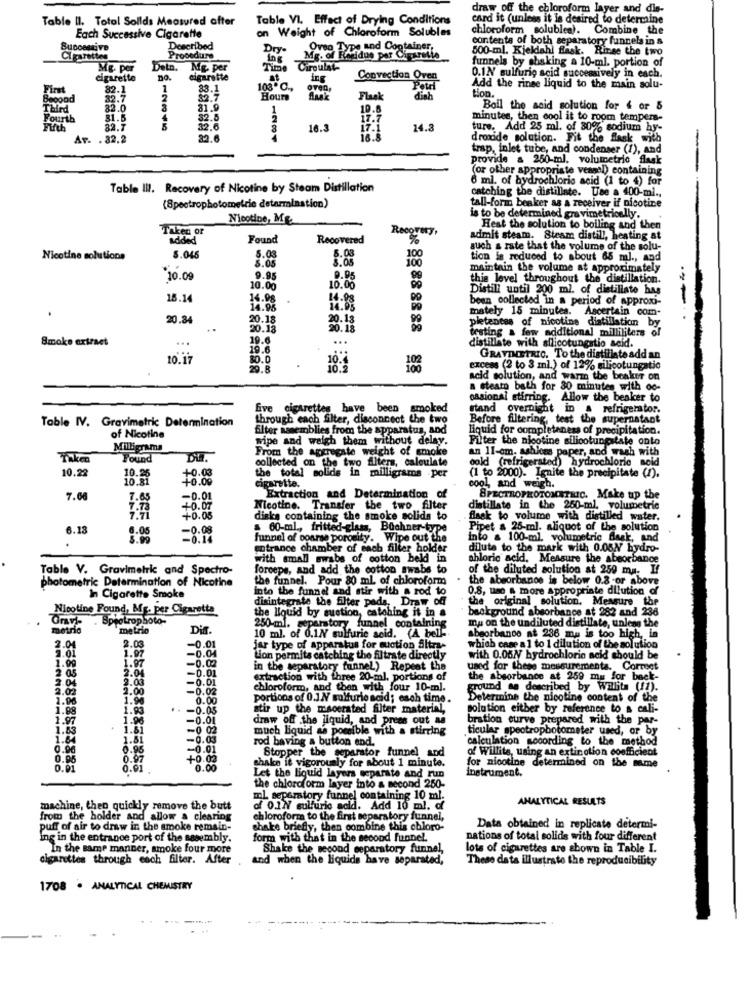
draw off the chloroform layer and dis-
Table II. Total Sollds Measured after
Table VI. Effect of Drying Conditions
card it (unless it Is desired to determine
Each Successive Cigarette
on Weight of Chloroform Solubles
chloroform solublea). Combine the
contents of both separatory funnels in s
Successive
Described
Dry
Oven Type and Container,
500-ml. Kjeldahl Bask. Rinse the two
Cigarettes
Procedure
Mg. of Residuo par Cigarette
funnels by shaking a 10-ml. portion of
Mg. por
Detn.
Mg. per
Time
Circulat-
cigarette
no.
cigarette
ing
Convection O
0.1NY sulfurio seid successively in each.
First
82.1
1
83.1
108" ℃ .,
oven
Pour
Add the rinse liquid to the main solu-
tion.
Becond
32.7
$2.7
Hours
Flask
bird
22.0
1.9
10.8
Boil the said solution for 4 or 5
Fourth
81.5
4
32.
17.
minutes, then cool it to room tempera-
82.7
2.6
8
16.3
17.1
14.3
ture. Add 25 ml. of 80% sodium hy-
Ar. . 32.2
32.6
16.8
droxide solution. Fit the flask with
-
trap, inlet tube, and condenser (1), and
provide a 250-ml. volumetric
o flask
(or other appropriate veanal) containing
6 ml. of hydrochloric acid (1 to 4) for
Table III. Recovery of Nicotine by Steam Distillation
catching the distillate. Use a 400-ml .,
(Spectrophotometric determination)
tall-form beaker as a receiver if nicotine
Nicotine, Mg
is to be determined gravimetricelly.
Taken or
Recovery,
Heat the solution to boiling and then
added
Found
Recovered
%
adimit steam. Steam distill, heating at
100
auch & rate that the volume of the solu-
Nicotine solutions
8.045
5.03
8.08
100
tion is reduced to about 65 ml ., and
maintain the volume at approximately
$10.09
9.95
9.95
99
this level throughout the distillation.
10.00
10.00
Distill until 200 ml. of distillate has
15.14
14.98
been collected in a period of approxi-
14.96
mately 15 minutes. Ascertain com-
-
20.34
20.18
20.13
pletentes of nicotine distillation by
20.18
88 88 88 88
testing a few additional milliliters of
Smoke extract
...
19.6
...
distillate with silicotungstio acid.
19.6
10.17
80.0
GRAVIMETRIC. To the distillate add an
9.8
.
102
excess (2 to 3 ml.) of 12% silicotungatic
acid solution, and warm the beaker on
a steam bath for 30 minutes with oc-
casional stirring. Allow the beaker to
Give cigarettes have been smoked
stand overnight in a refrigerator.
Table IV. Gravimetric Determination
through each filter, disconnect the two
Before filtering, test the supernatant
filter assemblies from the apparatus, and
liquid for completeness of precipitation.
of Nicotine
wipe and walgh them without delay.
Filter the nicotine silicotungstate onto
Milligrams
From the aggregate weight of smoke
an 11-om. ashices paper, and wash with
Take
Found
collected on the two filters, calculate
cold (refrigerated) hydrochloric seid
10.22
the total solids in milligrams per
+0.03
(1 to 2000). Ignite the precipitate (1).
cigarette.
cool, and weigh.
7.60
-0.01
Extraction and Determination of
SPECTROPHOTOMETRIC. Make up the
+0.07
Nicotine. Transfer the two filter
distillate in the 250-ml. volumetric
+0.05
disks containing the smoke solids to
flask to volume with distilled water.
6.13
-0.08
& 60-ml ., fritted-glass, Büchner-type
Pipet & 26-ml. aliquot of the solution
-0.14
funnel of course porosity. Wipe out the
into a 100-ml. volumetric flask, and
entrance chamber of each filter holder
dilute to the mark with 0.05N hydro-
with small swabs of cotton held in
chloric acid. Measure the absorbance
Table V. Gravimetric and Spectro-
forceps, and add the cotton swabs to
of the diluted solution at 259 ma. If
photometric Determination of Nicotine
the funnel. Pour 80 ml of chloroform
the absorbance is below 0.8 or above
0.8, use a more appropriate dilution
In Cigarette Smoke
into the funnel and stir with a rod to
disintegrate the filter pada, Draw of
the original solution. Measure the
Nicotine Found, Mg. per Cigaretta
the liquid by suction, catching it in a
background absorbance at 282 and 238
Spectrophoto-
ma on the undiluted distillate, unless the
metric
metrio
Dir.
10 ml. of 0.1N sulfurie sold. (A bel-
250 ml. separatory funnel containing
sheorbanco at 236 ma is too high, in
2.04
2.03
-0.01
jar type of apparatus for suction altra-
which case a 1 to 1 dilution of the solution
1.01
-0.04
rmits catching the filtrate directly
with 0.06/V hydrochloric acid should be
1.99
-0.02
in the separatory funnel) Repeat the
used for these messurementa. Correct
2 05
2.04
2.04
-0.01
extraction with three 20-ml. portions of
the absorbance at 259 mw for beek-
2.02
2.00
2.03
-0.01
-0.02
chloroform, and then with four 10-ml.
ground as described by Willits (11).
1.96
1.90
0.00
portions of 0.JNY wolfurio acid; each time.
Determine the nicotine content of the
1.98
1.93
-0.05
stir up the macerated filter material,
polation either by reference to a cali-
1.97
1.96
-0.01
draw off the liquid, and press out as
bration curve prepared with the par-
1.83
1.61
-0 02
much liquid as possible with a stirring
ticular spectrophotometer used, or by
1.64
1.81
-0.03
rod having a button end.
`calculation according to the method
0.96
0.95
-0.01
Stopper the separator funnel
And
of Willite, using an extinction coefficient
0.95
0.97
+0.02
shake it vigorously for about 1 minute.
for nicotine determined on the same
0.91
0.00
instrument.
Let the liquid layers separate and run
the chloroform layer into a second 250-
ml. separatory funnel containing 10 ml.
ANALYTICAL RESULTS
machine, theo quickly remove the butt
of 0.1N sulfuric acid. Add 10 ml. o
from the holder and allow a clearing
chloroform to the first separatory funnel,
puff of air to draw in the smoke remain-
shake briefly, then combine this chloro-
Data obtained in replicate determi-
ing in the entrance port of the assembly.
form with that in the second funnel.
nations of total solids with four different
In the same manner, smoke four more
Shake the second separatory funnel,
lots of cigarettes are shown in Table I.
cigarettes through eoch filter. After
and when the liquids have separated,
These data illustrate the reproducibility
1708 . ANALYTICAL CHEMISTRY